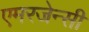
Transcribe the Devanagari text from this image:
एमरजेन्सी